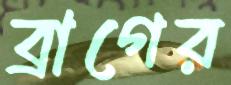
ব্রাগের